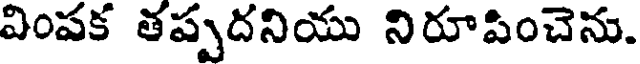
వింపక తప్పదనియు నిరూపించెను.